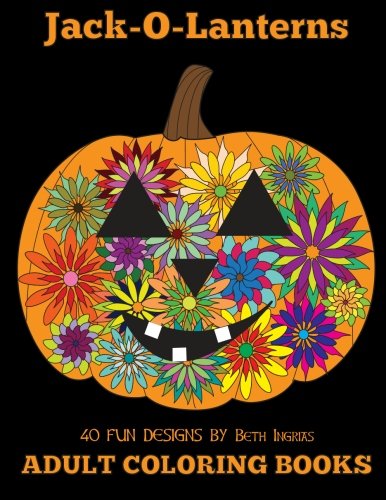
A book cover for Adult Coloring Books: Jack-O-Lanterns (Volume 12); Beth Ingrias; Crafts, Hobbies & Home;